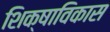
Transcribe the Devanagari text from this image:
शिक्षाविकास